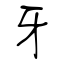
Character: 牙